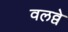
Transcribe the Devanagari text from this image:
वलव्वे